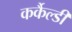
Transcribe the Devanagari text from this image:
कर्कैल्डी